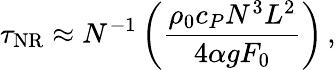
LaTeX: \tau_{\mathrm{NR}}\approx N^{-1}\left(\frac{\rho_{0}c_{P}N^{3}L^{2}}{4\alpha gF_{0}}\right)\, ,